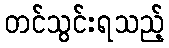
တင်သွင်းရသည့်